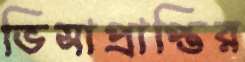
ভিসাপ্রাপ্তির